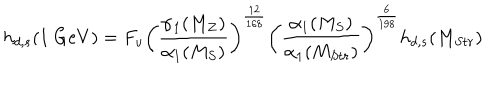
h _ { d , s } ( 1 \ G e V ) = F _ { u } \left( \frac { \alpha _ { 1 } ( M _ { Z } ) } { \alpha _ { 1 } ( M _ { S } ) } \right) ^ { \frac { 1 2 } { 1 6 8 } } \left( \frac { \alpha _ { 1 } ( M _ { S } ) } { \alpha _ { 1 } ( M _ { S t r } ) } \right) ^ { \frac { 6 } { 1 9 8 } } h _ { d , s } ( M _ { S t r } )